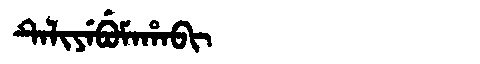
Manchu: ᡨᡝᠯᡳᠶᡝᠪᡠᠮᠠᡥᠠᠪᡳ
Romanization: TELIYEBUMAHABI